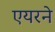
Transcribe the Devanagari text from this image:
एयरने